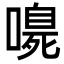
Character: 𭊴